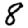
Digit: 8